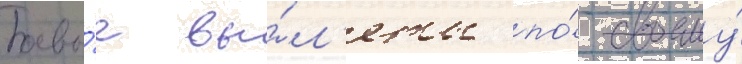
Боевы́е вы́л'еты по́ своему́